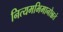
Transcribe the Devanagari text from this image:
नित्यमभिमानोन्नतं